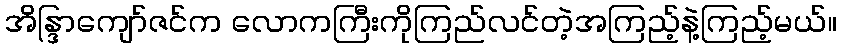
အိန္ဒြာကျော်ဇင်က လောကကြီးကိုကြည်လင်တဲ့အကြည့်နဲ့ကြည့်မယ်။